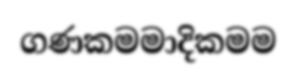
ගණකමමාදිකමම